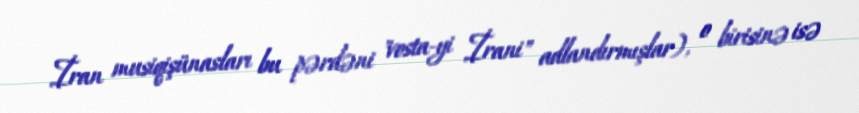
İran musiqişünasları bu pərdəni "vosta-yi İrani" adlandırmışlar), o birisinə isə